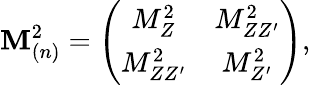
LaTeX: {\cal\mathbf{M}}_{(n)}^{2}=\left(\begin{array}{cc}{{M_{Z}^{2}}}&{{M_{ZZ^{\prime}}^{2}}}\\ {{M_{ZZ^{\prime}}^{2}}}&{{M_{Z^{\prime}}^{2}}}\end{array}\right),